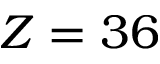
Z = 3 6